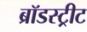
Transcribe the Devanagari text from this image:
ब्रॉडस्ट्रीट